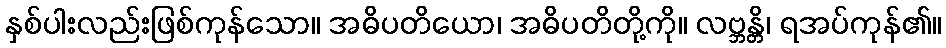
နှစ်ပါးလည်းဖြစ်ကုန်သော။ အဓိပတိယော၊ အဓိပတိတို့ကို။ လဗ္ဘန္တိ၊ ရအပ်ကုန်၏။